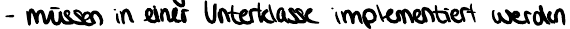
- müssen in einer Unterklasse implementiert werden